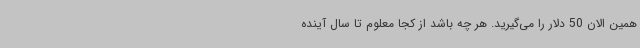
همین الان 50 دلار را می‌گیرید. هر چه باشد از کجا معلوم تا سال آینده